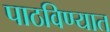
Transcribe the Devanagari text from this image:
पाठविण्‍यात